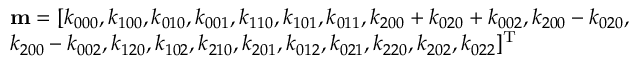
\begin{array} { l } { { \bf { m } } = [ { k _ { 0 0 0 } } , { k _ { 1 0 0 } } , { k _ { 0 1 0 } } , { k _ { 0 0 1 } } , { k _ { 1 1 0 } } , { k _ { 1 0 1 } } , { k _ { 0 1 1 } } , { k _ { 2 0 0 } } + { k _ { 0 2 0 } } + { k _ { 0 0 2 } } , { k _ { 2 0 0 } } - { k _ { 0 2 0 } } , } \\ { { k _ { 2 0 0 } } - { k _ { 0 0 2 } } , { k _ { 1 2 0 } } , { k _ { 1 0 2 } } , { k _ { 2 1 0 } } , { k _ { 2 0 1 } } , { k _ { 0 1 2 } } , { k _ { 0 2 1 } } , { k _ { 2 2 0 } } , { k _ { 2 0 2 } } , { k _ { 0 2 2 } } { ] ^ { \mathrm { { T } } } } } \end{array}